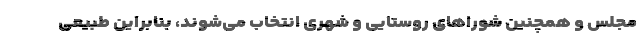
مجلس و همچنین شوراهای روستایی و شهری انتخاب می‌شوند، بنابراین طبیعی